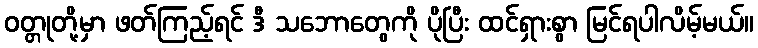
ဝတ္တုတို့မှာ ဖတ်ကြည့်ရင် ဒီ သဘောတွေကို ပိုပြီး ထင်ရှားစွာ မြင်ရပါလိမ့်မယ်။